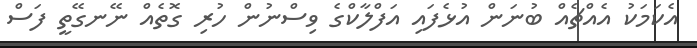
އެކަމަކު އެއްޗެއް ބުނަން އުޅެފައި އަފްލާކްގެ ވިސްނުން ހުރި ގޮތެއް ނޭނގޭތީ ފަސް